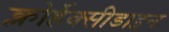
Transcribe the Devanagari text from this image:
क्लोर्हेक्सीडाइन